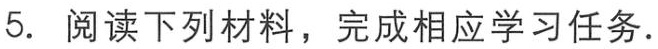
5. 阅读下列材料，完成相应学习任务.